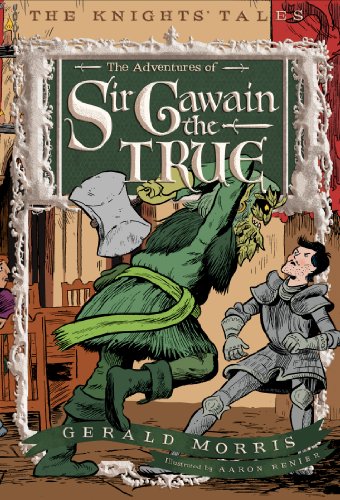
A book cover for The Adventures of Sir Gawain the True (The KnightsEE Tales Series); Gerald Morris; Children's Books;